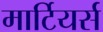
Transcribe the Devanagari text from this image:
मार्टियर्स